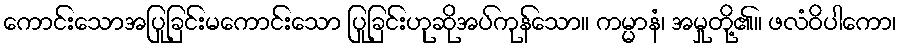
ကောင်းသောအပြုခြင်းမကောင်းသော ပြုခြင်းဟုဆိုအပ်ကုန်သော။ ကမ္မာနံ၊ အမှုတို့၏။ ဖလံဝိပါကော၊